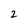
Character: 2